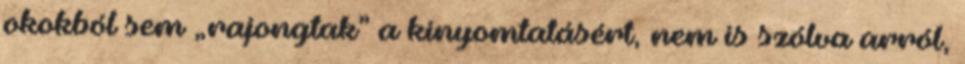
okok­ból sem „rajong­tak” a kinyomtatásért, nem is szólva ar­ról,